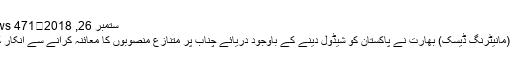
ستمبر 26, 2018	471 Views
لاہور (مانیٹرنگ ڈیسک) بھارت نے پاکستان کو شیڈول دینے کے باوجود دریائے چناب پر متنازع منصوبوں کا معائنہ کرانے سے انکار کردیا۔